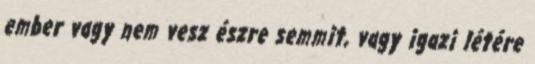
ember vagy nem vesz észre semmit, vagy igazi létére